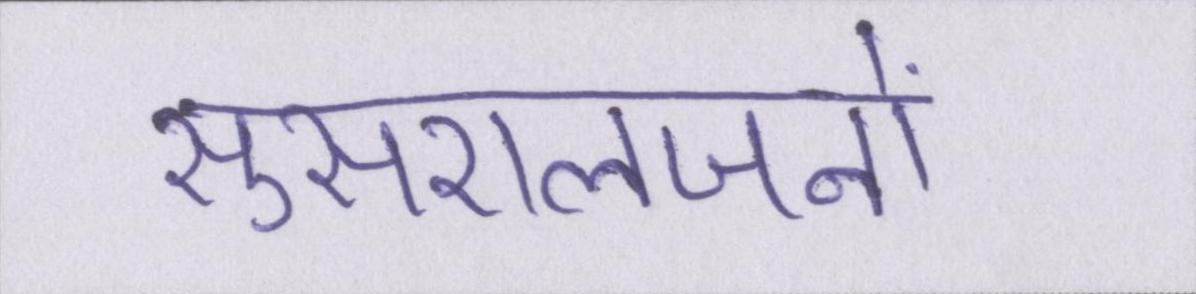
सुसरालजनों